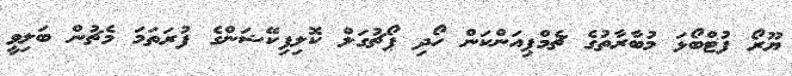
ޔޫރޯ ފުޓްބޯޅަ މުބާރާތުގެ ޗެމްޕިއަންކަން ހޯދި ޕޯޗުގަލް ކޮލިފިކޭޝަންގެ ފުރަތަމަ މެޗުން ބަލިވީ